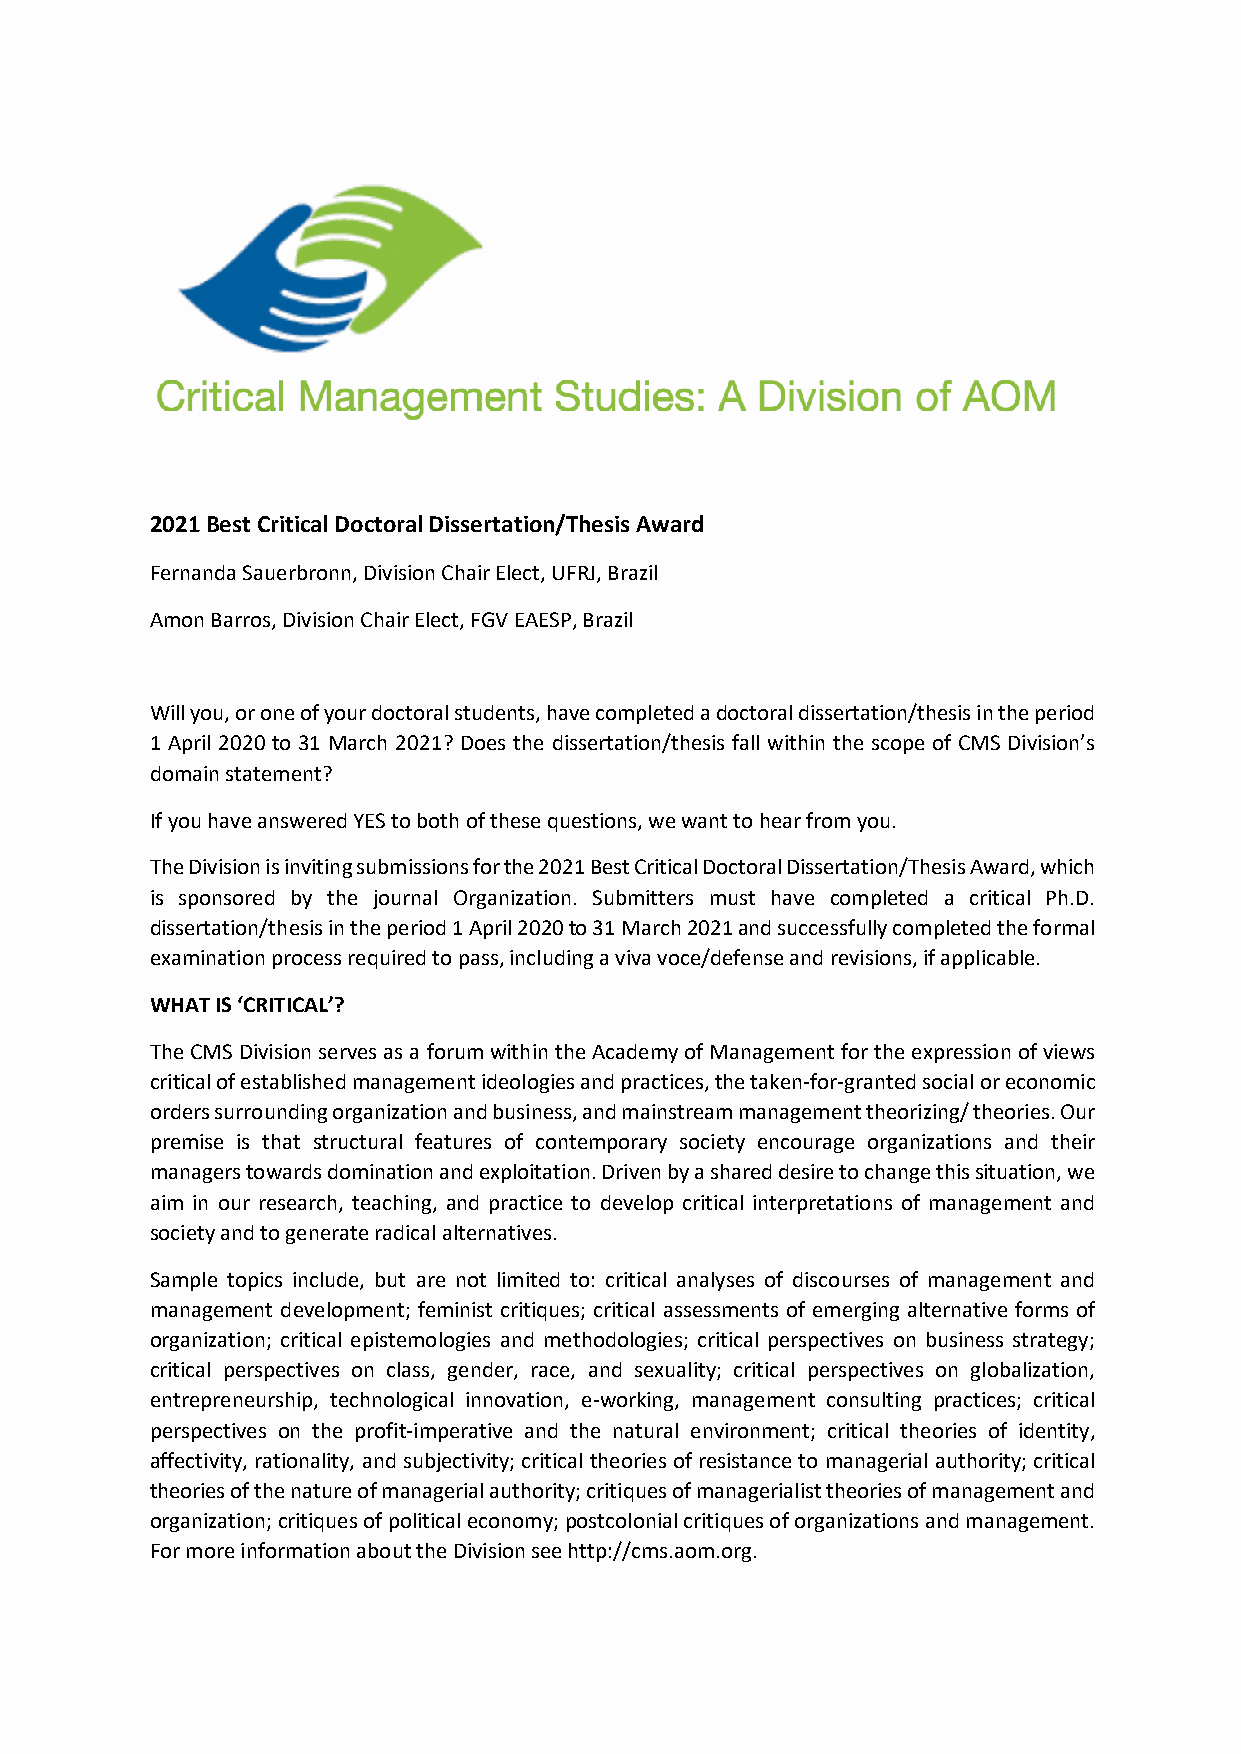
2021 Best Critical Doctoral Dissertation/Thesis Award
 Fernanda Sauerbronn, Division Chair Elect, UFRJ, Brazil
 Amon Barros, Division Chair Elect, FGV EAESP, Brazil
 Will you, or one of your doctoral students, have completed a doctoral dissertation/thesis in the period
 1 April 2020 to 31 March 2021? Does the dissertation/thesis fall within the scope of CMS Division’s
 domain statement?
 If you have answered YES to both of these questions, we want to hear from you.
 The Division is inviting submissions for the 2021 Best Critical Doctoral Dissertation/Thesis Award, which
 is sponsored by the journal Organization. Submitters must have completed a critical Ph.D.
 dissertation/thesis in the period 1 April 2020 to 31 March 2021 and successfully completed the formal
 examination process required to pass, including a viva voce/defense and revisions, if applicable.
 WHAT IS ‘CRITICAL’?
 The CMS Division serves as a forum within the Academy of Management for the expression of views
 critical of established management ideologies and practices, the taken-for-granted social or economic
 orders surrounding organization and business, and mainstream management theorizing/ theories. Our
 premise is that structural features of contemporary society encourage organizations and their
 managers towards domination and exploitation. Driven by a shared desire to change this situation, we
 aim in our research, teaching, and practice to develop critical interpretations of management and
 society and to generate radical alternatives.
 Sample topics include, but are not limited to: critical analyses of discourses of management and
 management development; feminist critiques; critical assessments of emerging alternative forms of
 organization; critical epistemologies and methodologies; critical perspectives on business strategy;
 critical perspectives on class, gender, race, and sexuality; critical perspectives on globalization,
 entrepreneurship, technological innovation, e-working, management consulting practices; critical
 perspectives on the profit-imperative and the natural environment; critical theories of identity,
 affectivity, rationality, and subjectivity; critical theories of resistance to managerial authority; critical
 theories of the nature of managerial authority; critiques of managerialist theories of management and
 organization; critiques of political economy; postcolonial critiques of organizations and management.
 For more information about the Division see http://cms.aom.org.